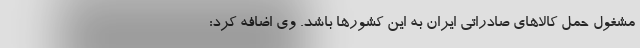
مشغول حمل کالاهای صادراتی ایران به این کشورها باشد. وی اضافه کرد: